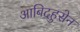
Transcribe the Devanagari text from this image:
आबिदहुसेन